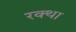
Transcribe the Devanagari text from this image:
रक्था